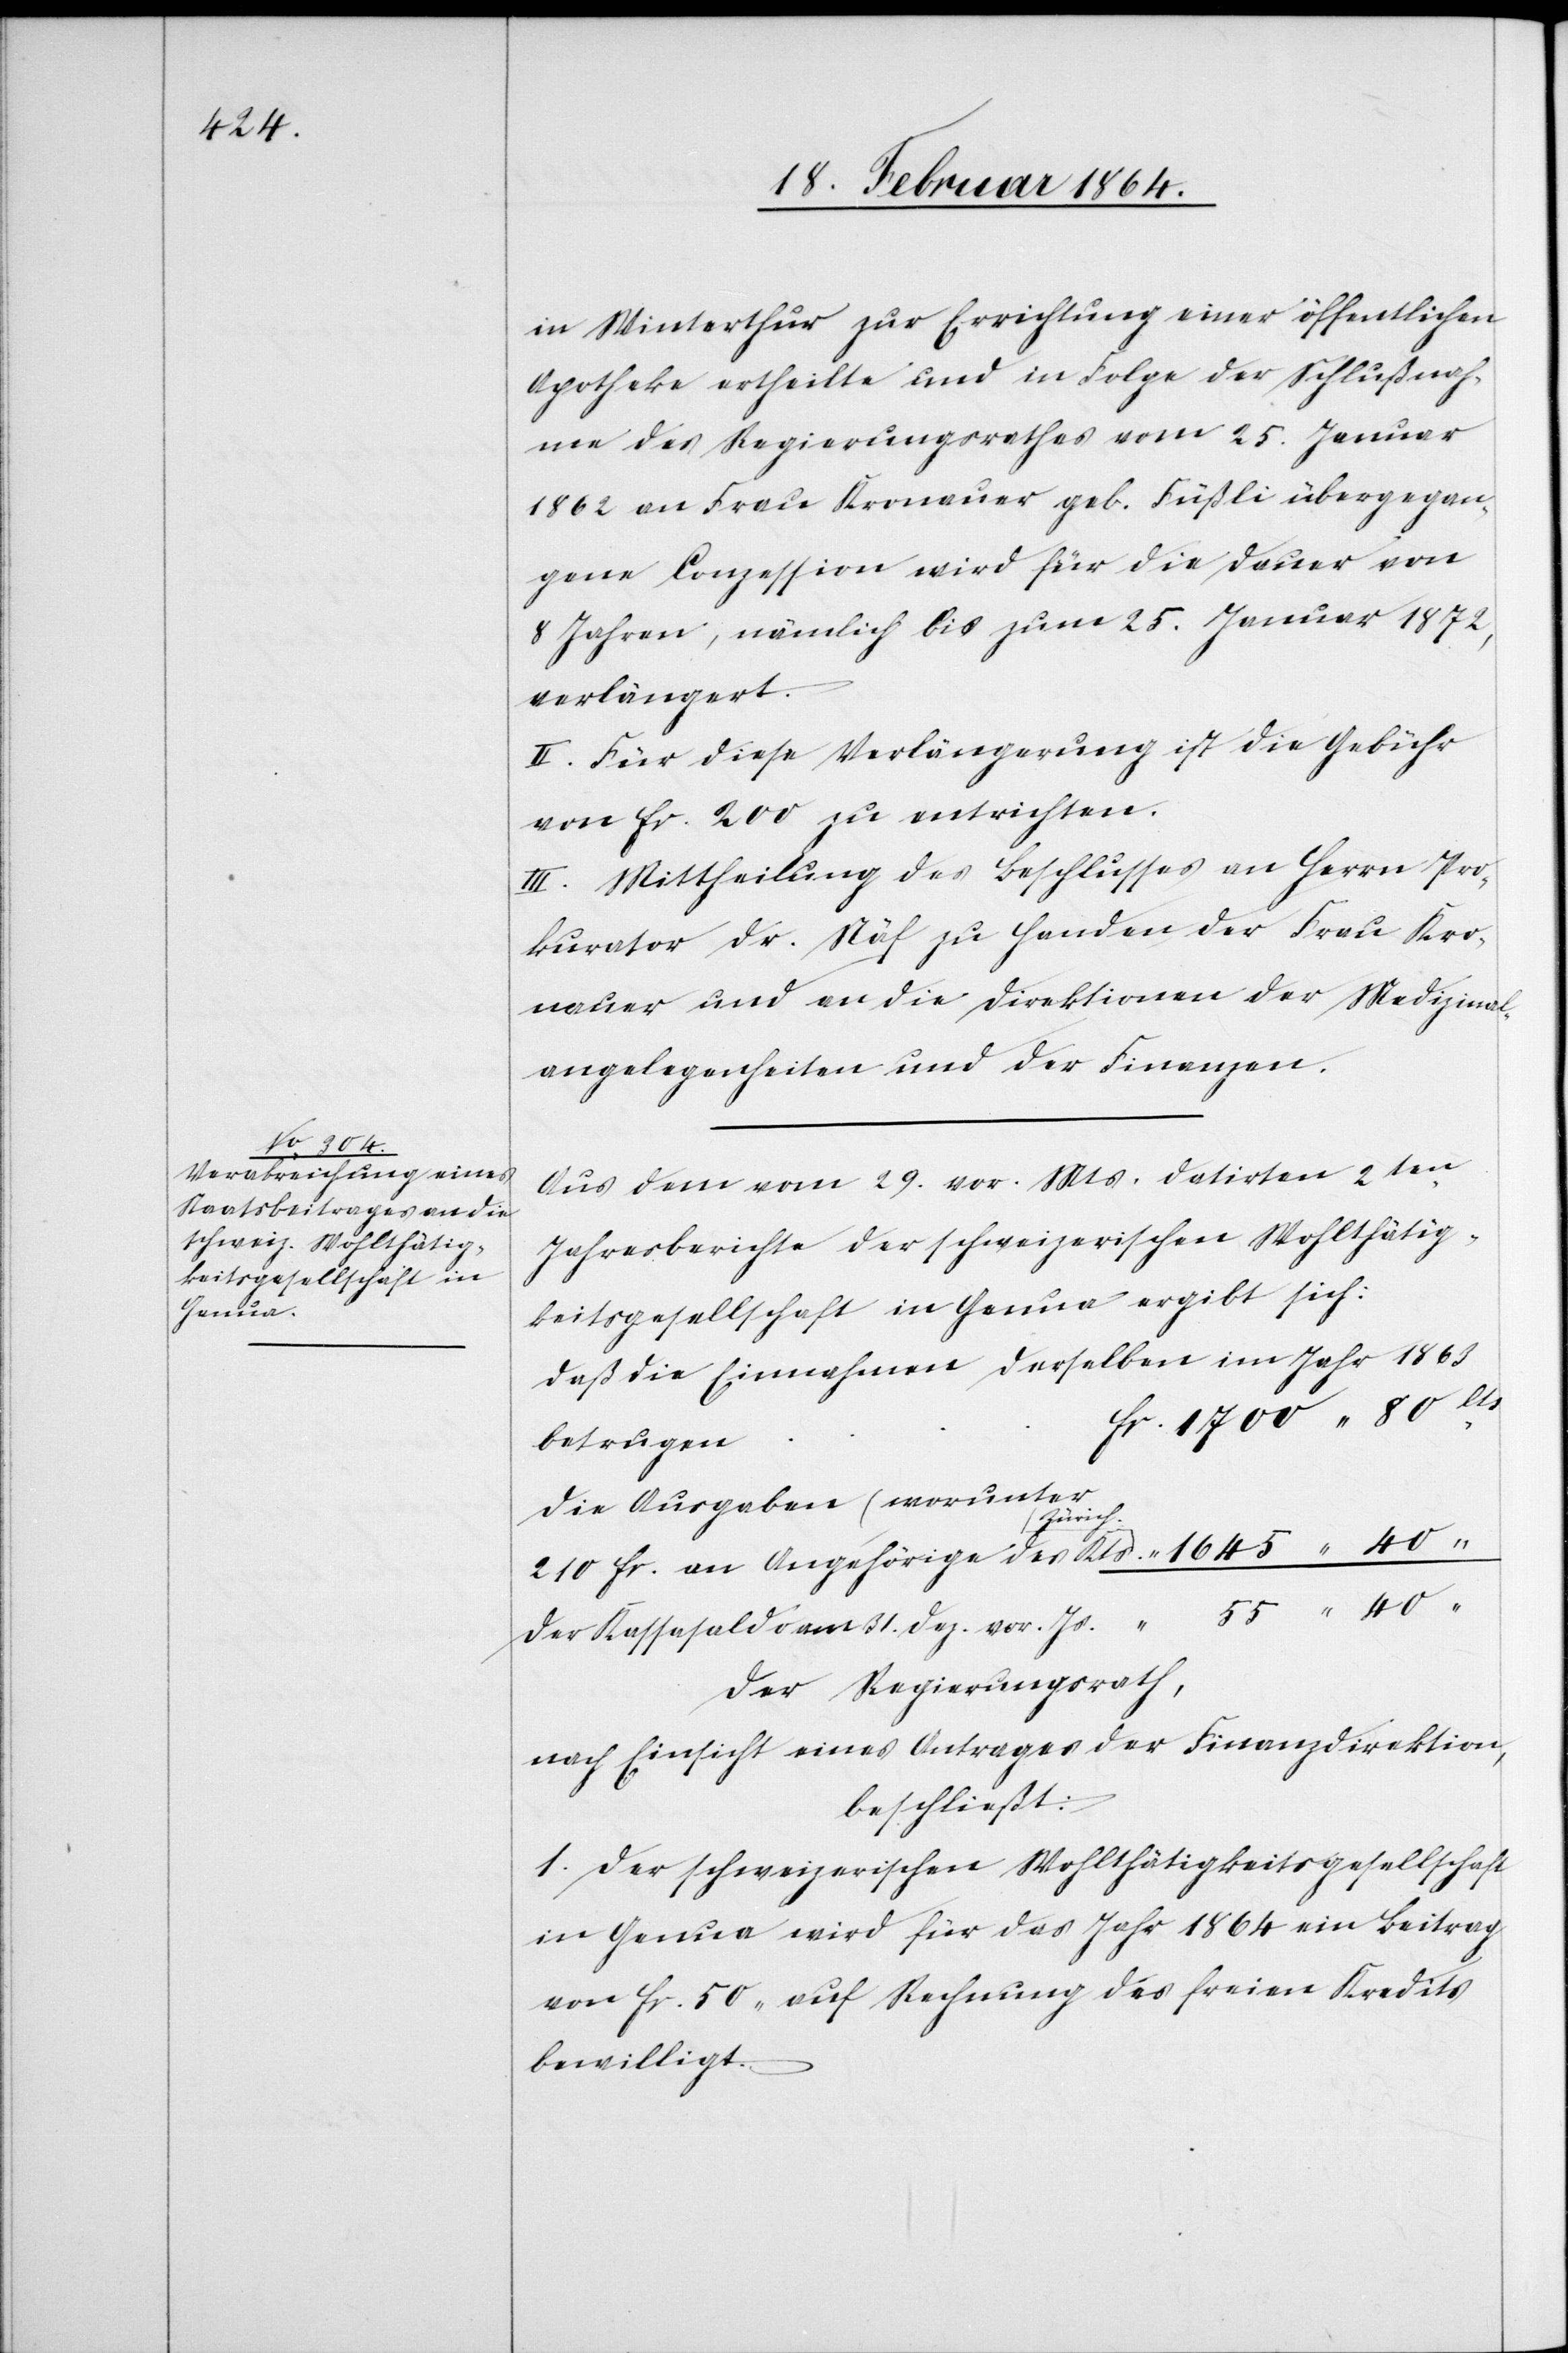
in Winterthur zur Errichtung einer öffentlichen
Apotheke ertheilte und in Folge der Schlußnah¬
me des Regierungsrathes vom 25. Januar
1862 an Frau Kronauer geb. Füßli übergegan¬
gene Conzession wird für die Dauer von
8 Jahren, nämlich bis zum 25. Januar 1872,
verlängert.
II. Für diese Verlängerung ist die Gebühr
von fr. 200 zu entrichten.
III. Mittheilung des Beschlusses an Herrn Pro¬
kurator Dr. Näf zu Handen der Frau Kro¬
nauer und an die Direktionen der Medizinal¬
angelegenheiten und der Finanzen.
Aus dem vom 29. vor. Mts. datirten 2ten
Jahresberichte der schweizerischen Wohlthätig¬
keitsgesellschaft in Genua ergibt sich:
Daß die Einnahmen derselben im Jahr 1863
Die Ausgaben (worunter
210 fr. an Angehörige des Kts
Der Kassasaldo am 31. Dez. vor. Js.							“	 55 40 “
Der Regierungsrath,
nach Einsicht eines Antrages der Finanzdirektion,
beschließt:
1. Der schweizerischen Wohlthätigkeitsgesellschaft
in Genua wird für das Jahr 1864 ein Beitrag
von fr. 50 auf Rechnung des freien Kredits
bewilligt.